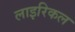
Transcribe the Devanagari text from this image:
लाइरिकल